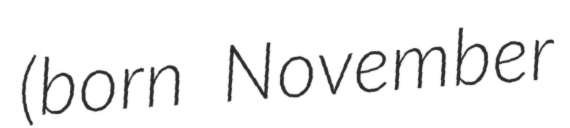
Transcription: (born November